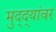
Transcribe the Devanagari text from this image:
मुद्‌द्‌यांवर